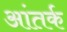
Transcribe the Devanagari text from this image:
आंतर्क